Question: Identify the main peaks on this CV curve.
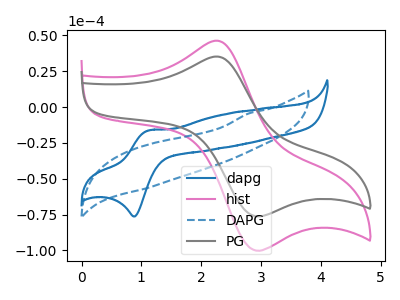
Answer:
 <answer>The blue curve "dapg" has an anodic peak at (1.10V, -16.30uA) and a cathodic peak at (0.90V, -76.30uA). The pink curve "hist" has an anodic peak at (2.25V, 46.30uA) and a cathodic peak at (2.90V, -99.60uA). The blue dashed curve "DAPG" has no peaks. The gray curve "PG" has an anodic peak at (2.25V, 35.25uA) and a cathodic peak at (2.90V, -75.85uA).</answer>
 <eval></eval>